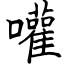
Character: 嚾